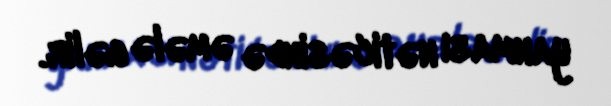
yanması nəticəsində əmələ gəlir.